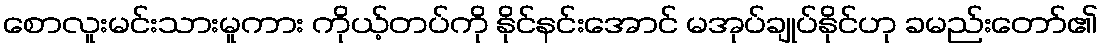
စောလူးမင်းသားမူကား ကိုယ့်တပ်ကို နိုင်နင်းအောင် မအုပ်ချုပ်နိုင်ဟု ခမည်းတော်၏